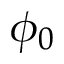
\phi _ { 0 }